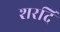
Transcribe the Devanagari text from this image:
शरदि